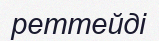
реттейді